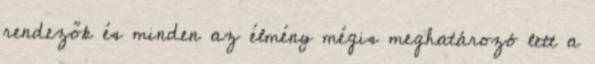
rendezők és minden az élmény mégis meghatározó lett a